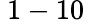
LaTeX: ~1-10